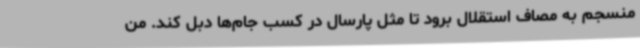
منسجم به مصاف استقلال برود تا مثل پارسال در کسب جام‌ها دبل کند. من